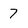
Character: 7